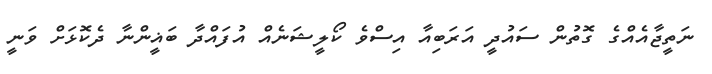
ނަތީޖާއެއްގެ ގޮތުން ސައުދީ އަރަބިއާ އިސްވެ ކޯލީޝަނެއް އުފައްދާ ބަޣީންނާ ދެކޮޅަށް ވަނީ